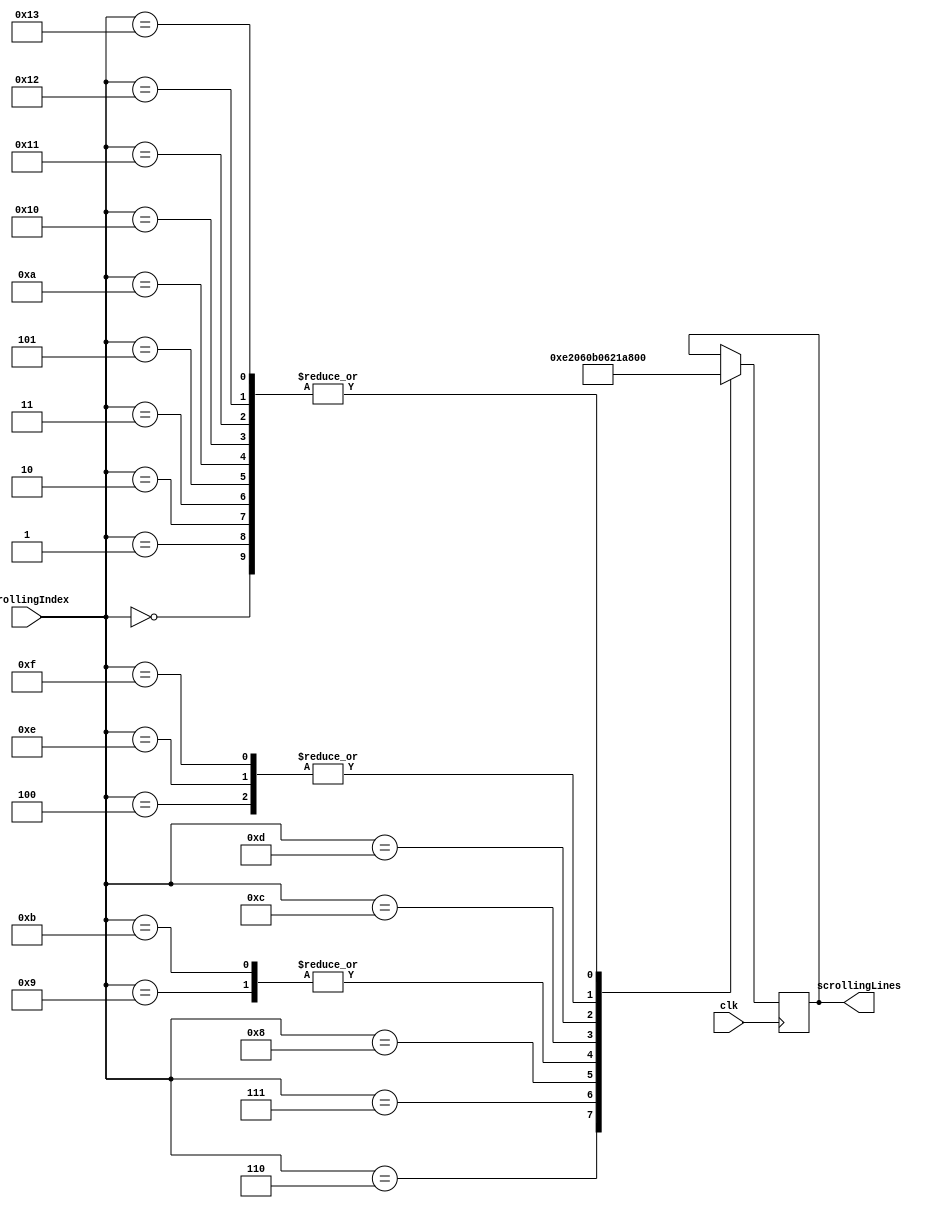
`timescale 1ns / 1ps
//////////////////////////////////////////////////////////////////////////////////
// Company: 
// Engineer: 
// 
// Design Name: 
// Module Name:    scrollingLines 
// Project Name: 
// Target Devices: 
// Tool versions: 
// Description: 
//
// Dependencies: 
//
// Revision: 
// Revision 0.01 - File Created
// Additional Comments: 
//
//////////////////////////////////////////////////////////////////////////////////
module scrollingLines(scrollingIndex, clk, scrollingLines);


	input clk;
	input [4:0] scrollingIndex;
	output reg [6:0] scrollingLines;
	
	// 0 1 2 3 4 5 6 7 8 9 10 11 12 13 14 15 16 17 18
	// _ _ _ _ I _ L O V E _  E  C  3  1  1  _   _ _ 
	always@(posedge clk) begin
	
	
	//YEAH THIS IS BAD CODING PRACTICES, BUT I JUST KNEW IT WOULD BE EASIER TO INDEX THROUGH THE LIST TO ARTIFICIALLY SCROLL
		case(scrollingIndex)
			5'b00000:
				scrollingLines <= 7'b1111111;
			5'b00001:
				scrollingLines <= 7'b1111111;
			5'b00010:
				scrollingLines <= 7'b1111111;
			5'b00011:
				scrollingLines <= 7'b1111111;
			5'b00100:
				scrollingLines <= 7'b1001111;
			5'b00101:
				scrollingLines <= 7'b1111111;
			5'b00110:
				scrollingLines <= 7'b1110001;
			5'b00111:
				scrollingLines <= 7'b0000001;
			5'b01000:
				scrollingLines <= 7'b1000001;
			5'b01001:
				scrollingLines <= 7'b0110000;
			5'b01010:
				scrollingLines <= 7'b1111111;
			5'b01011:
				scrollingLines <= 7'b0110000;
			5'b01100:
				scrollingLines <= 7'b0110001;
			5'b01101:
				scrollingLines <= 7'b0000110;
			5'b01110:
				scrollingLines <= 7'b1001111;
			5'b01111:
				scrollingLines <= 7'b1001111;
			5'b10000:
				scrollingLines <= 7'b1111111;
			5'b10001:
				scrollingLines <= 7'b1111111;
			5'b10010:
				scrollingLines <= 7'b1111111;	
			5'b10011:
				scrollingLines <= 7'b1111111;					
		endcase
	
	
	end


endmodule